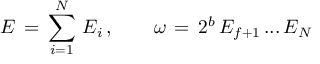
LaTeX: E \, = \, \sum _ { i = 1 } ^ { N } \, E _ { i } \, , \qquad \omega \, = \, 2 ^ { b } \, E _ { f + 1 } \, . . . \, E _ { N }